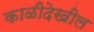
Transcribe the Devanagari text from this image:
काळीदेखील